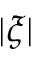
| \xi |